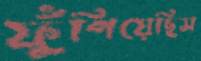
ফুঁপিয়েছিস